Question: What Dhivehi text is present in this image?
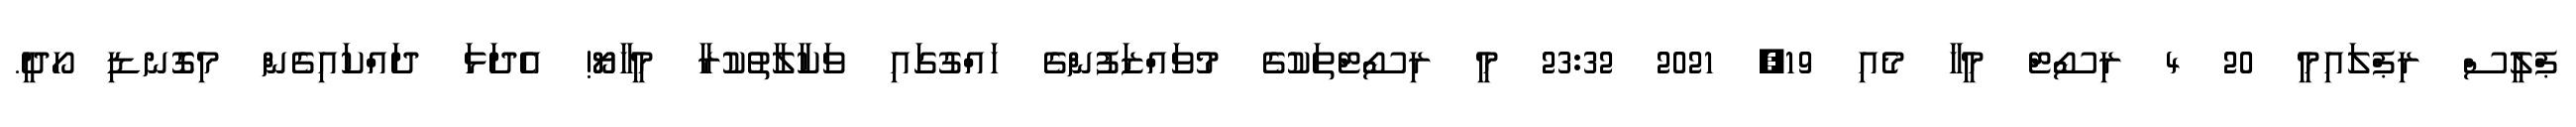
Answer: ޕްލީސް ރިޕްލައިމީ 20 4 ރިސޯޓް މީހާ މެއި 19, 2021 23:32 މީ ރިސޯޓްތަކުގެ މުވައްޒަފުންގެ ހައްގުގައި ވަކާލާތުކުރާ މީހާޔޯ! އެދަޅަ ދައްކައިގެން މިގޮނޑި ހޯދީ.